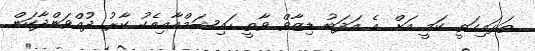
ތަޅައިގަތީ ކަމީ އަށް އެ އަދަބު ޑިޒާވް ވާތީ ހައިޝަމްއާއިއެކު ކާރު ދުއްވަންދާކަން